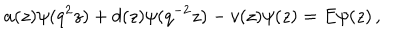
LaTeX: a ( z ) \psi ( q ^ { 2 } z ) + d ( z ) \psi ( q ^ { - 2 } z ) - v ( z ) \psi ( z ) = E \psi ( z ) \, ,